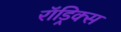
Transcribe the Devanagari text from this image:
रॉड्रिक्स